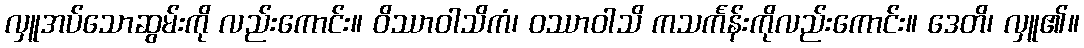
လှူအပ်သောဆွမ်းကို လည်းကောင်း။ ဝိဿာဝါသိကံ၊ ဝဿာဝါသိ ကသင်္ကန်းကိုလည်းကောင်း။ ဒေတိ၊ လှူ၏။